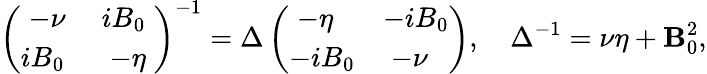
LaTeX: \left(\begin{array}{ll}{\; -\nu\; }&{iB_{0}}\\ {iB_{0}}&{\; -\eta\; }\end{array}\right)^{-1}=\Delta\left(\begin{array}{ll}{\; -\eta\; }&{-iB_{0}}\\ {-iB_{0}}&{\; -\nu\; }\end{array}\right),\quad\Delta^{-1}=\nu\eta+\mathbf{B}_{0}^{2},